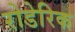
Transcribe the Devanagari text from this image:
रोडेरिक